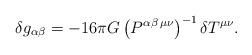
LaTeX: \begin{align*}\delta g_{\alpha\beta} = -16\pi G \left(P^{\alpha\beta \,\mu\nu}\right)^{-1}\delta T^{\mu\nu}.\end{align*}